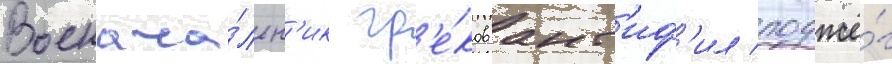
Военача́льн'ик гр'е́ков ант'иф'ил поджё́г